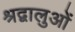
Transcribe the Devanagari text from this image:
श्रद्वालुओं